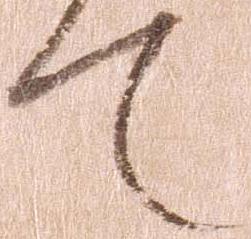
て